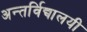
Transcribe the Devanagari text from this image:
अन्तर्विद्यालयी